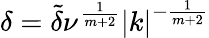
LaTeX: \delta=\tilde{\delta}\nu^{\frac{1}{m+2}}\left\lvert k\right\rvert^{-\frac{1}{m+2}}